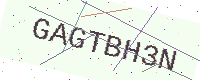
Text: GAGTBH3N